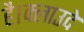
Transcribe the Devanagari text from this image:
है।क्लाउदे